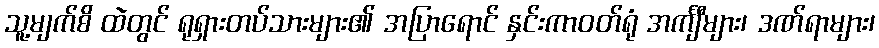
သူ့မျက်စိ ထဲတွင် ရုရှားတပ်သားများ၏ အပြာရောင် နှင်းကာဝတ်ရုံ အင်္ကျီများ၊ ဒဏ်ရာများ၊